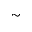
\sim